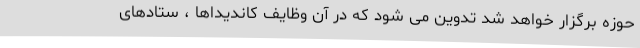
حوزه برگزار خواهد شد تدوین می شود که در آن وظایف کاندیداها ، ستادهای